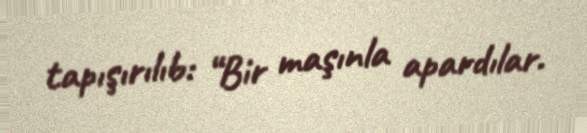
tapışırılıb: “Bir maşınla apardılar.